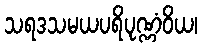
သရဒသမယပရိပုဏ္ဏံဝိယ၊